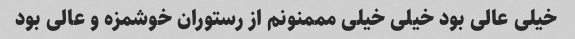
خیلی عالی بود خیلی خیلی مممنونم از رستوران خوشمزه و عالی بود